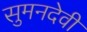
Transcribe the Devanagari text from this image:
सुमनदेवी